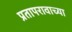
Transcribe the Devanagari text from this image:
प्रतापरावाच्या